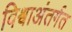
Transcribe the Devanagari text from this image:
विश्वाअंतर्गत